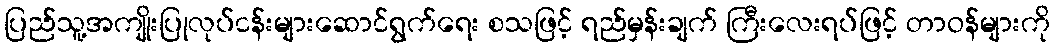
ပြည်သူ့အကျိုးပြုလုပ်ငန်းများဆောင်ရွက်ရေး စသဖြင့် ရည်မှန်းချက် ကြီးလေးရပ်ဖြင့် တာဝန်များကို